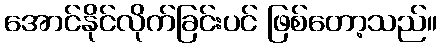
အောင်နိုင်လိုက်ခြင်းပင် ဖြစ်တော့သည်။